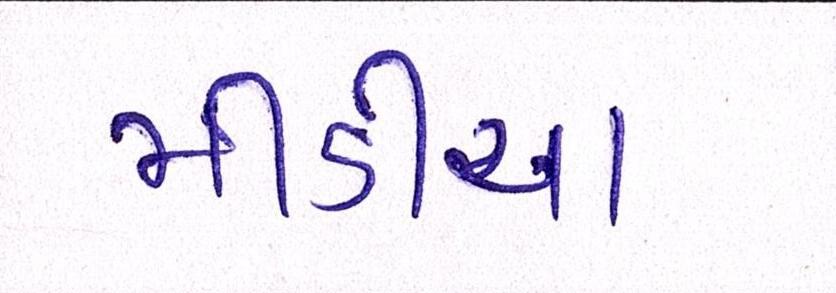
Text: મીડીયા